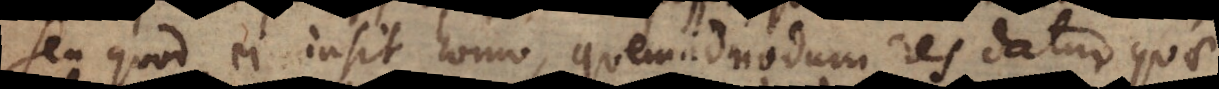
seu quod ei insit homo, quemadmodum res datur quae